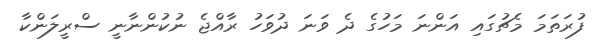
ފުރަތަމަ މެޗުގައި އަންނަ މަހުގެ ދެ ވަނަ ދުވަހު ރާއްޖެ ނުކުންނާނީ ސްރީލަންކާ